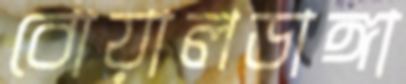
বোয়ালডাঙ্গা